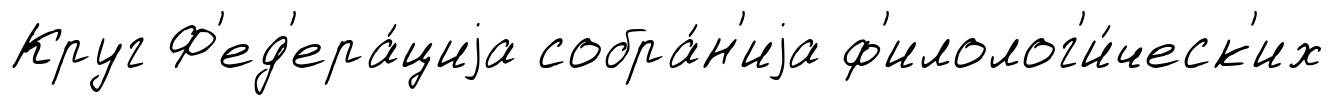
Круг Ф'ед'ера́циjа собра́н'иjа ф'илолог'и́ческ'их